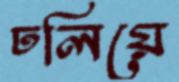
ঢলিয়ে